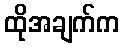
ထိုအချက်က